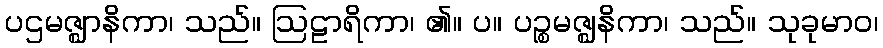
ပဌမဇ္ဈာနိကာ၊ သည်။ ဩဠာရိကာ၊ ၏။ ပ။ ပဉ္စမဇ္ဈနိကာ၊ သည်။ သုခုမာဝ၊